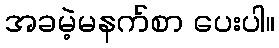
အခမဲ့မနက်စာ ပေးပါ။